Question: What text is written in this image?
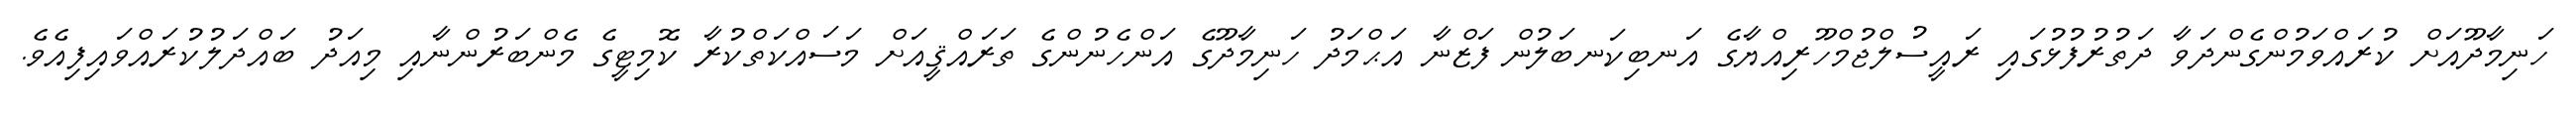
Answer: ހަނިމާދޫއަށް ކުރައްވަމުންގެންދަވާ ދަތުރުފުޅުގައި ރައީސުލްޖުމްހޫރިއްޔާގެ އަނބިކަނބަލުން ފަޒްނާ އަޙްމަދު ހަނިމާދޫގެ އަންހެނުންގެ ތަރައްޤީއަށް މަސައްކަތްކުރާ ކޮމިޓީގެ މެންބަރުންނާއި މިއަދު ބައްދަލުކުރައްވައިފިއެވެ.